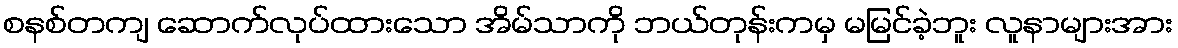
စနစ်တကျ ဆောက်လုပ်ထားသော အိမ်သာကို ဘယ်တုန်းကမှ မမြင်ခဲ့ဘူး လူနာများအား